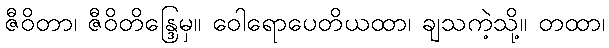
ဇီဝိတာ၊ ဇီဝိတိန္ဒြေမှ။ ဝေါရောပေတိယထာ၊ ချသကဲ့သို့။ တထာ၊